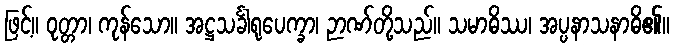
ဖြင့်။ ဝုတ္တာ၊ ကုန်သော။ အဋ္ဌသင်္ခါရုပေက္ခာ၊ ဉာဏ်တို့သည်။ သမာဓိဿ၊ အပ္ပနာသနာဓိ၏။